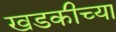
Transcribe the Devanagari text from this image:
खडकीच्या